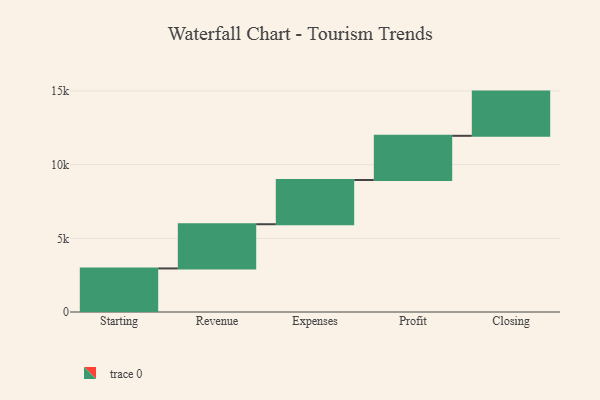
{"axis": {"x": "Step", "y": "Value"}, "legend": [""], "data": [{"x": "Starting", "y": 2956.0, "type": ""}, {"x": "Revenue", "y": 3000, "type": ""}, {"x": "Expenses", "y": 3000, "type": ""}, {"x": "Profit", "y": 3000, "type": ""}, {"x": "Closing", "y": 3000, "type": ""}]}